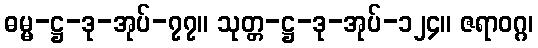
ဓမ္မ-ဋ္ဌ-ဒု-အုပ်-၇၇။ သုတ္တ-ဋ္ဌ-ဒု-အုပ်-၁၂၄။ ဇရာဝဂ္ဂ၊